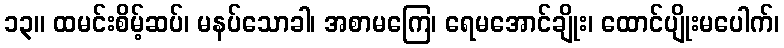
၁၃။ ထမင်းစိမ့်ဆပ်၊ မနပ်သောခါ၊ အစာမကြေ၊ ရေမအောင်ချိုး၊ ထောင်ပျိုးမပေါက်၊